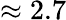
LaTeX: \approx 2.7